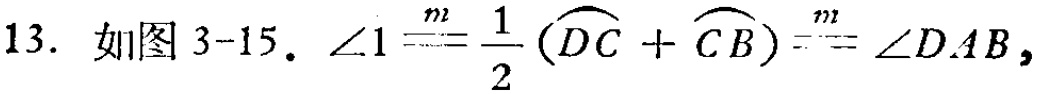
13. 如图3-15. $\angle 1\overset{m}{==}\frac{1}{2}(\overset{\frown}{DC} + \overset{\frown}{CB})\overset{m}{==}\angle DAB,$